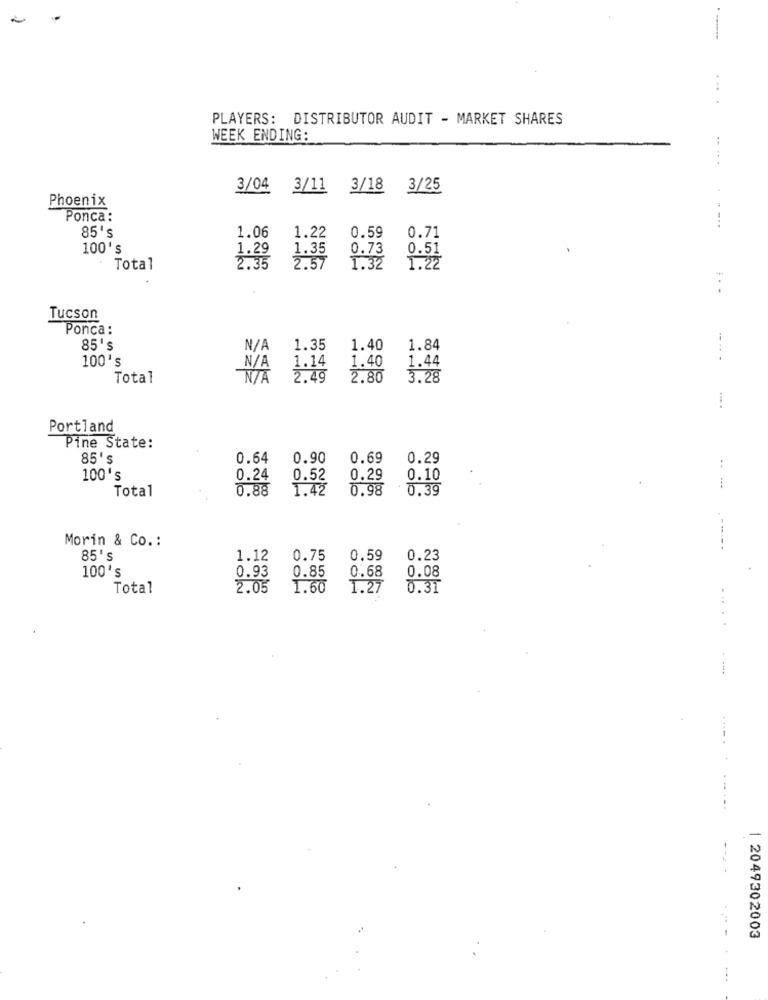
PLAYERS: DISTRIBUTOR AUDIT - MARKET SHARES
WEEK ENDING:
3/04 3/11 3/18 3/25
Phoenix
Ponca:
85's
1.06
0.71
1.22
0.59
100's
1.29
1.35
0.73
0.51
Total
2.35
2.57
1.32
1.22
-
Tucson
Ponca :
85's
1.35
1.40
1.84
100's
1.14
1.44
1.40
Total
2.49
2.80
3.28
Portland
Pine State:
8,5' s
0.64
0.90
0.69
0.29
100's
0.24
0.52
0.29
0.10
Total
0.88
1.42
0.98
0.39
Morin & Co .:
...
85's
1.12
0.75
0.59
0.23
100's
0.68
0.08
0.93
0.85
Total
2.05
1.60
1.27
0.3T
...
.....
1 2049302003